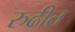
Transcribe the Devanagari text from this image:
रुढीत